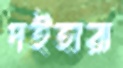
দইহারা